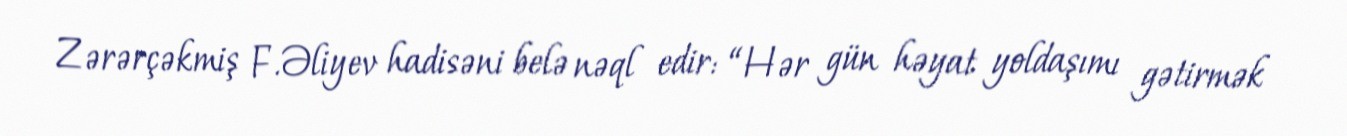
Zərərçəkmiş F.Əliyev hadisəni belə nəql edir: “Hər gün həyat yoldaşımı gətirmək